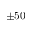
\pm 5 0